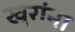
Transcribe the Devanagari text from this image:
खुरांना